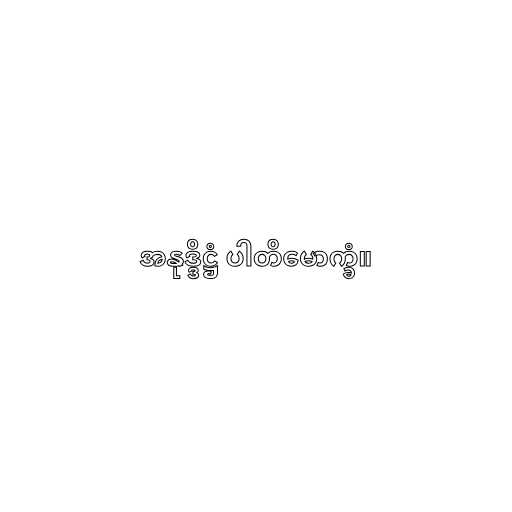
အနုဒ္ဒိဋ္ဌံ ပါတိမောက္ခံ။